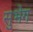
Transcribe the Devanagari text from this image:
सुभेग